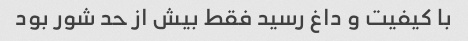
با کیفیت و داغ رسید فقط بیش از حد شور بود